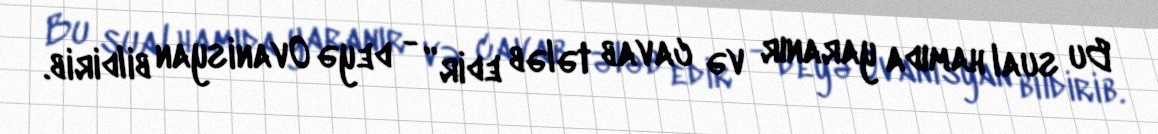
Bu sual hamıda yaranır və cavab tələb edir” - deyə Ovanisyan bildirib.